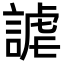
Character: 謔